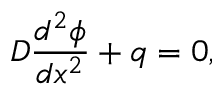
D \frac { d ^ { 2 } \phi } { d x ^ { 2 } } + q = 0 ,